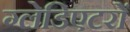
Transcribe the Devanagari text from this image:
ग्लेडिएटरों